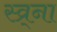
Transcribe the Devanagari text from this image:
स्व्र्ना